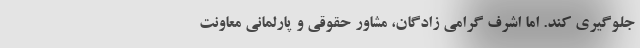
جلوگیری کند. اما اشرف گرامی زادگان، مشاور حقوقی و پارلمانی معاونت